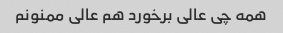
همه چی عالی برخورد هم عالی ممنونم